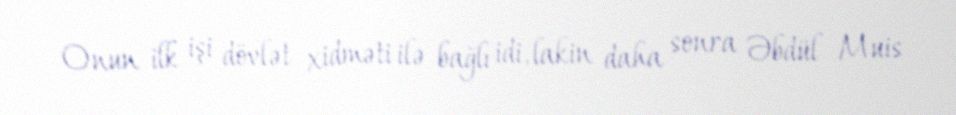
Onun ilk işi dövlət xidməti ilə bağlı idi, lakin daha sonra Əbdül Muis